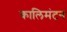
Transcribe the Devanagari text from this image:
कालिमंटन